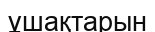
ұшақтарын